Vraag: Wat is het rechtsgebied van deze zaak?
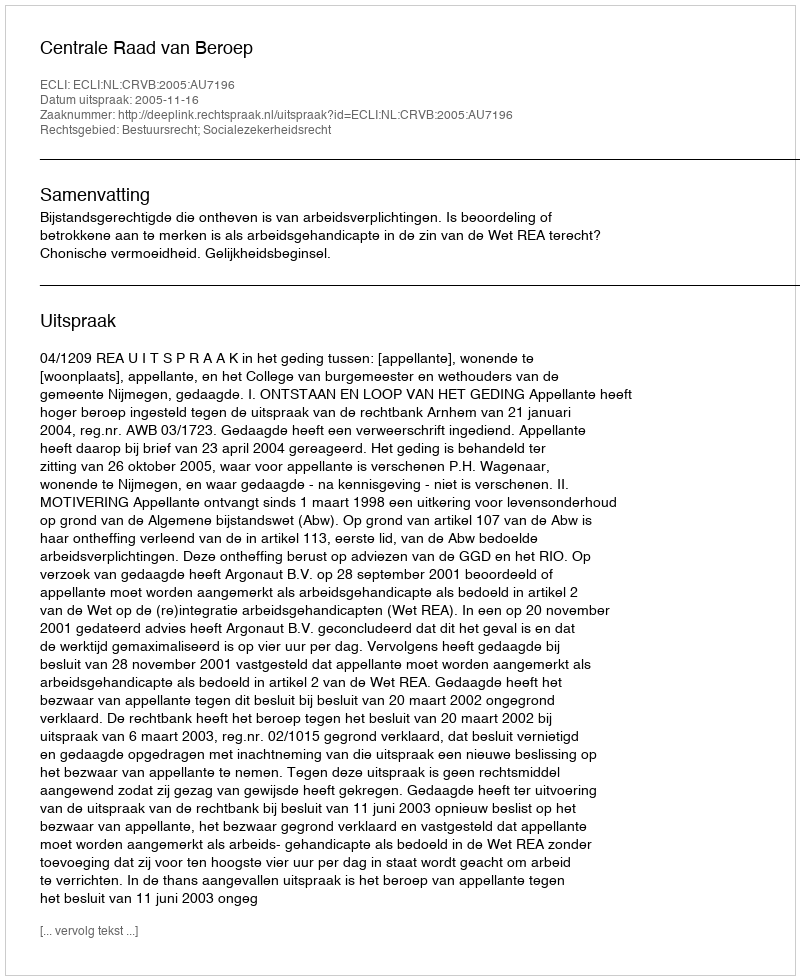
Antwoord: Bestuursrecht; Socialezekerheidsrecht